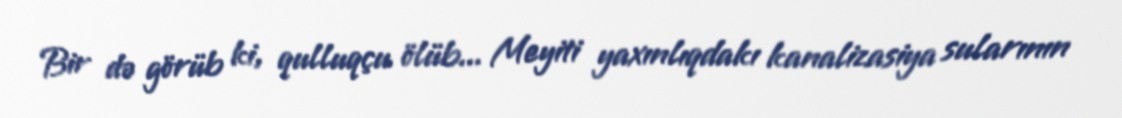
Bir də görüb ki, qulluqçu ölüb... Meyiti yaxınlıqdakı kanalizasiya sularının